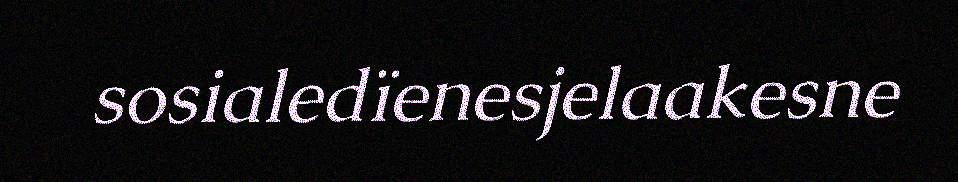
sosialedïenesjelaakesne